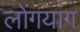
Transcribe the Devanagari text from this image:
लोंगयांग